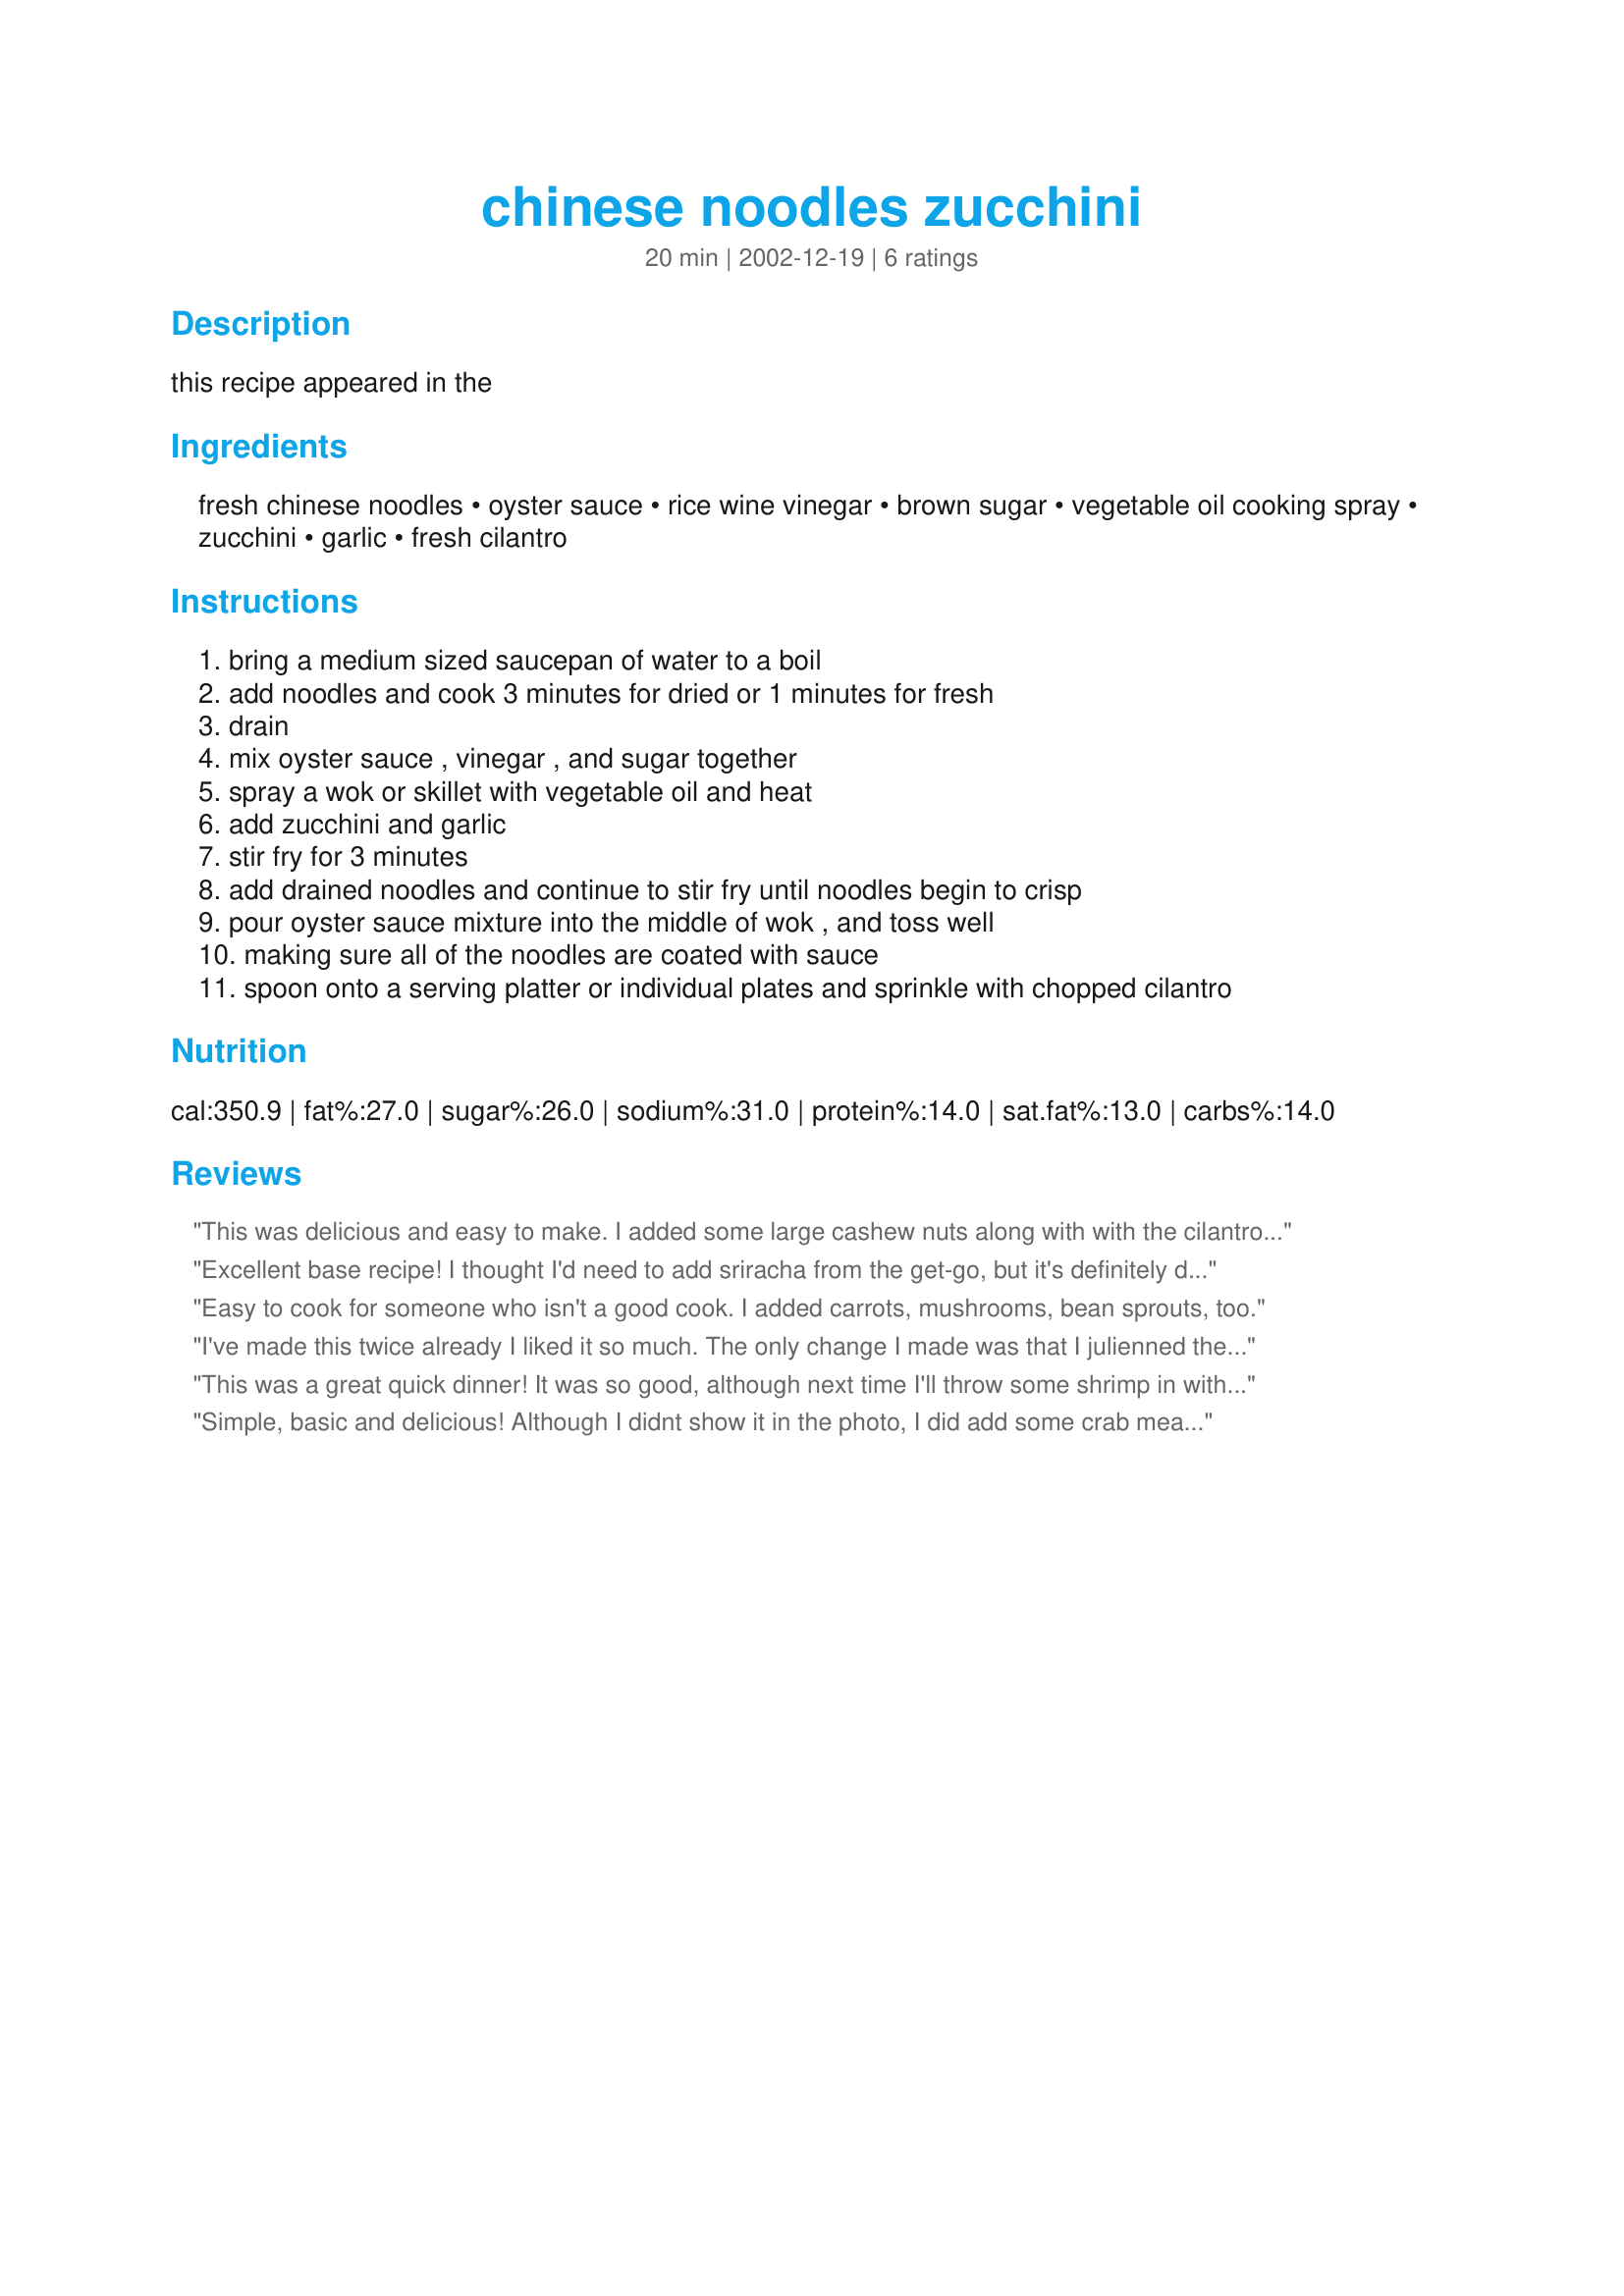
chinese noodles zucchini
Preparation time: 20 minutes

this recipe appeared in the

Ingredients:
fresh chinese noodles, oyster sauce, rice wine vinegar, brown sugar, vegetable oil cooking spray, zucchini, garlic, fresh cilantro

Steps:
bring a medium sized saucepan of water to a boil
add noodles and cook 3 minutes for dried or 1 minutes for fresh
drain
mix oyster sauce , vinegar , and sugar together
spray a wok or skillet with vegetable oil and heat
add zucchini and garlic
stir fry for 3 minutes
add drained noodles and continue to stir fry until noodles begin to crisp
pour oyster sauce mixture into the middle of wok , and toss well
making sure all of the noodles are coated with sauce
spoon onto a serving platter or individual plates and sprinkle with chopped cilantro

Reviews:
This was delicious and easy to make. I added some large cashew nuts along with with the cilantro, just before serving it. I'll definately make this again,
Excellent base recipe! I thought I'd need to add sriracha from the get-go, but it's definitely delicious on its own.
Easy to cook for someone who isn't a good cook. I added carrots, mushrooms, bean sprouts, too.
I've made this twice already I liked it so much. The only change I made was that I julienned the zucchini. It's filling, quick, easy, low calorie and low fat, what more could you want?
This was a great quick dinner! It was so good, although next time I'll throw some shrimp in with the noodles.
Simple, basic and delicious! Although I didnt show it in the photo, I did add some crab meat and spring onions, very versatile base recipe, so quick and easy. I didnt have cilantro so used some Thai Basil. Thank you James, this was made and enjoyed for Cooking Mania Tag Game
